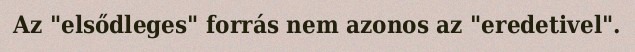
Az "elsődleges" forrás nem azonos az "eredetivel".